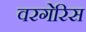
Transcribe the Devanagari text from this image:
वरगेरिस